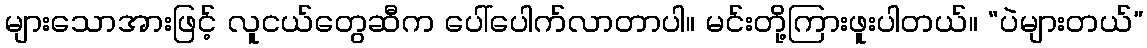
များသောအားဖြင့် လူငယ်တွေဆီက ပေါ်ပေါက်လာတာပါ။ မင်းတို့ကြားဖူးပါတယ်။ “ပဲများတယ်”